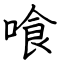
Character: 喰